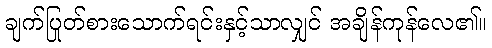
ချက်ပြုတ်စားသောက်ရင်းနှင့်သာလျှင် အချိန်ကုန်လေ၏။